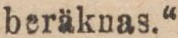
beräknas.“